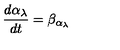
\frac { d \alpha _ { \lambda } } { d t } = \beta _ { \alpha _ { \lambda } }